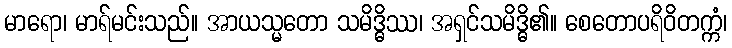
မာရော၊ မာရ်မင်းသည်။ အာယသ္မတော သမိဒ္ဓိဿ၊ အရှင်သမိဒ္ဓိ၏။ စေတောပရိဝိတက္ကံ၊